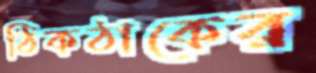
ঠিকঠাকের